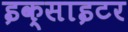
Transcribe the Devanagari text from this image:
इक्साइटर